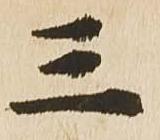
三